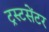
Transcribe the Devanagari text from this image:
ट्रस्टसेंटर